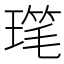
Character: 𪼋